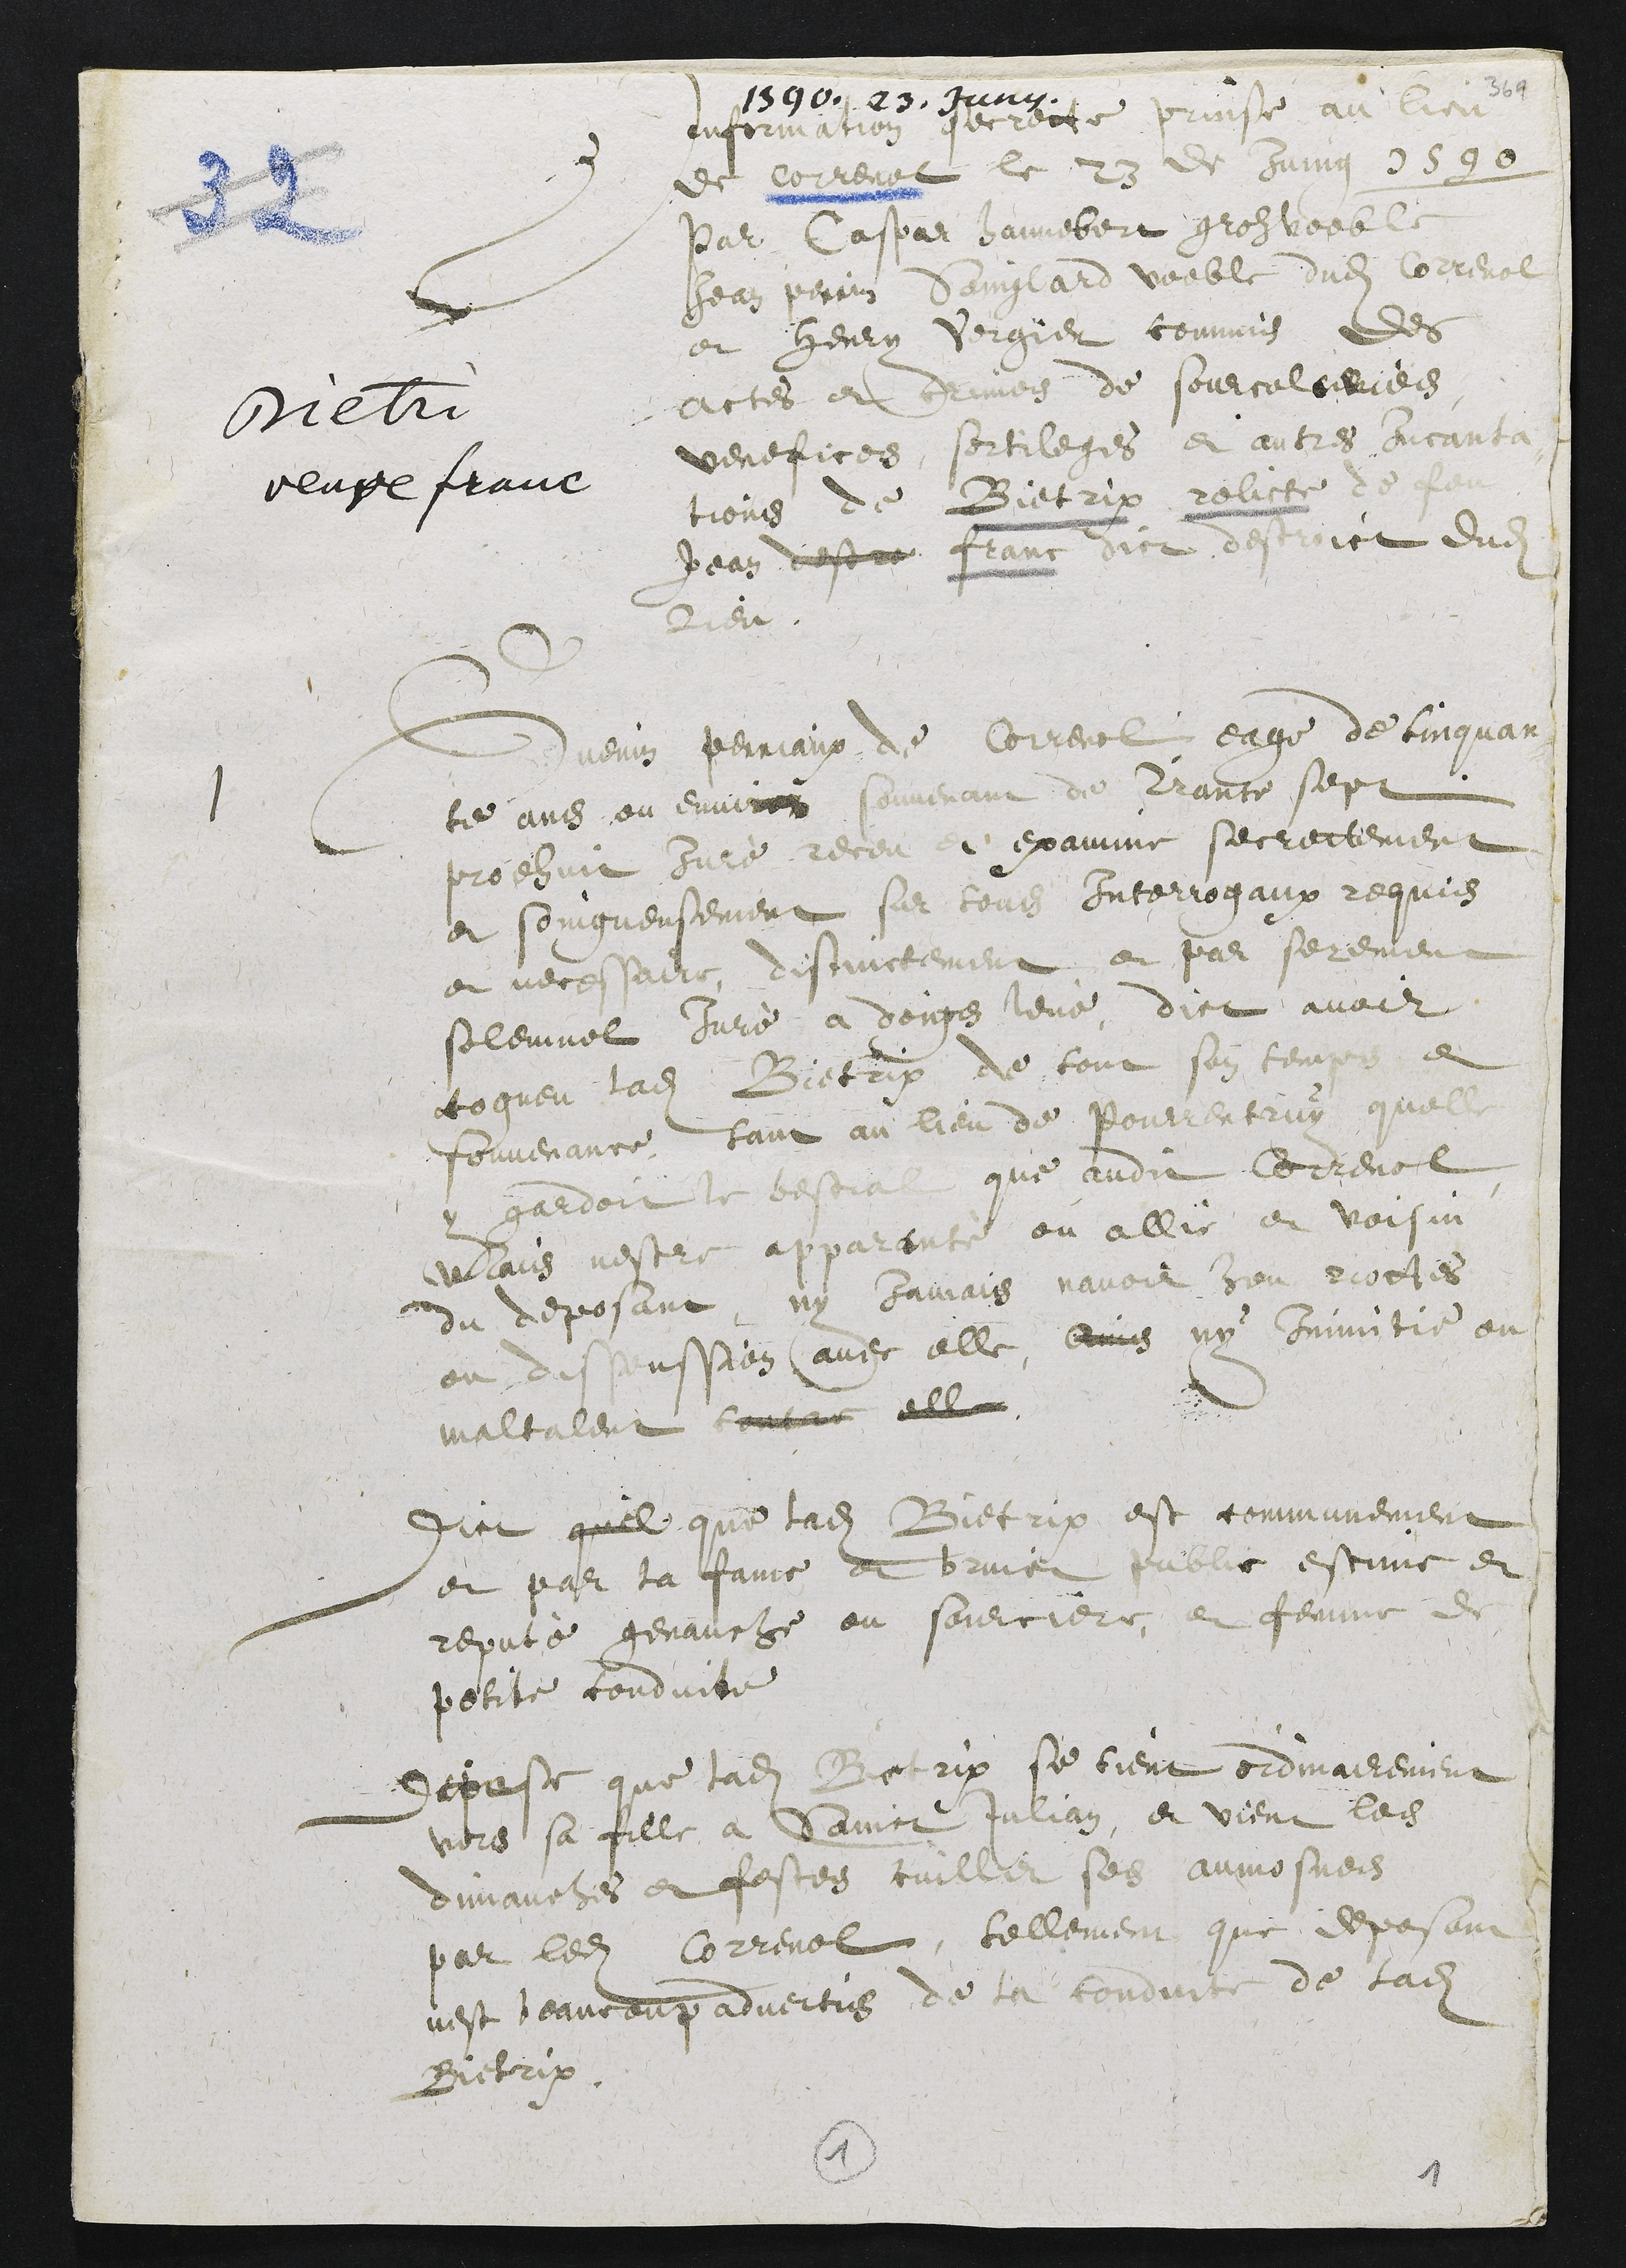
1590. 23. Juny
Bietri
veuve franc
Information secrette prinse au lieu
de Correnol le 23 de Juing 1590
Par Caspar hannebert groz voeble
Jean Perrin Sainglard voeble dudit Correnol
et Henry Vergier commis des
actes et crimes de sourceleries
venefices, sortileges et autres Incanta
tions de Bietrix relicte de feu
Jean destre franc dict destroict dudit
Lieu.
1 Guenin Perriaux de Correnol, eage de cinquan
te ans ou environ souvenant de Trante sept
prodhuit jure receu et examine secrettement
et soingneusement sur sondit Interrogaux requis
et necessaire, distinctement et par serement
solemnel Juré a doigs levé, dict avoir
cogneu ladite Bietrix de tout son temps et
souvenance, tant au lieu de Pourrentruy quelle
y gardoit le bestial que audit Correnol
Mais nestre apparenté ou allié et voisin
du deposant, ny Jamais navoir heu riottes
ou dissenssion avec elle, ains ny Inimitie ou
maltalent contre elle
Dict quil que ladite Bietrix est communement
et par la fame et bruict public estime et
reputé genauche ou sourciere, et femme de
petite conduite
depose que ladite Bietrix se tient ordinairement
vers sa fille à Sainct Julian, et vient les
dimanches et festes cuillir ses aumosnes
par ledit Correnol, tellement que deposant
nest beaucoup advertis de la conduite de ladite
Bietrix
1
1